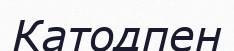
Катодпен